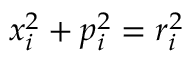
x _ { i } ^ { 2 } + p _ { i } ^ { 2 } = r _ { i } ^ { 2 }